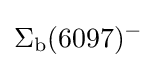
\Sigma _{\rm {b}}(6097)^{-}